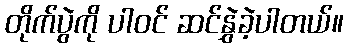
တိုက်ပွဲကို ပါဝင် ဆင်နွှဲခဲ့ပါတယ်။